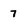
Character: 7